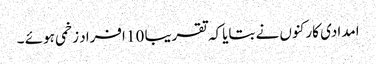
امدادی کارکنوں نے بتایاکہ تقریبا 10 افراد زخمی ہوئے ۔